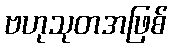
ဗဟုသုတအဖြစ်